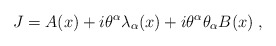
\begin{align*} J=A(x)+i\theta^\alpha\lambda_\alpha(x) + i\theta^\alpha \theta_\alpha B(x)\;,\end{align*}